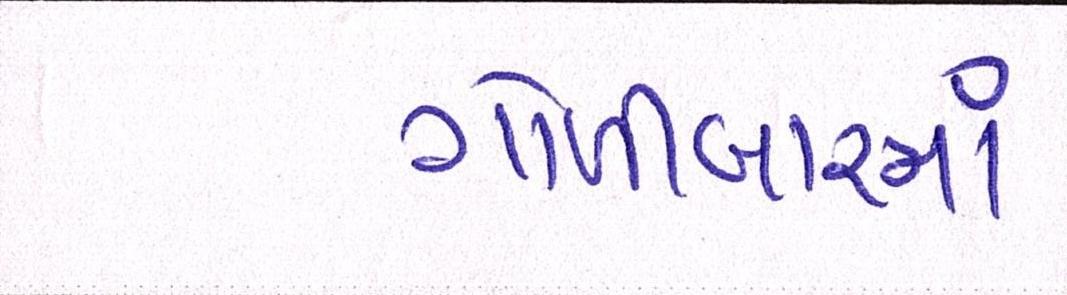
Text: ગોળીબારમાં